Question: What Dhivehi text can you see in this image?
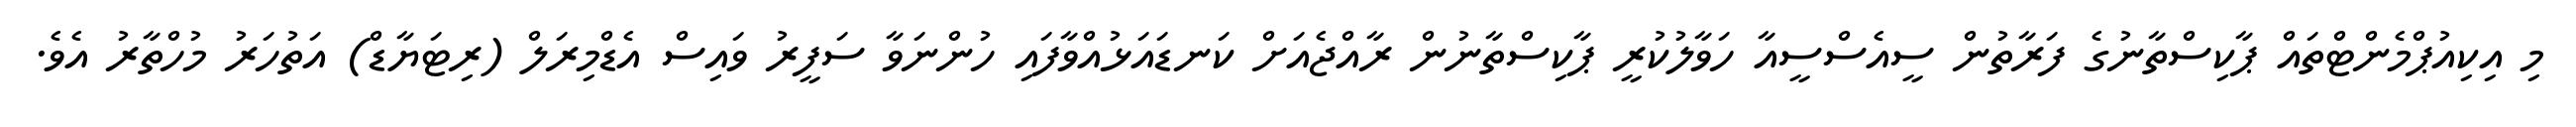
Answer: މި އިކިއުޕްމެންޓްތައް ޕާކިސްތާނުގެ ފަރާތުން ސީއެސްސީއާ ހަވާލުކުރީ ޕާކިސްތާނުން ރާއްޖެއަށް ކަނޑައަޅުއްވާފައި ހުންނަވާ ސަފީރު ވައިސް އެޑްމިރަލް (ރިޓަޔާޑް) އަތުހަރު މުހްތާރު އެވެ.